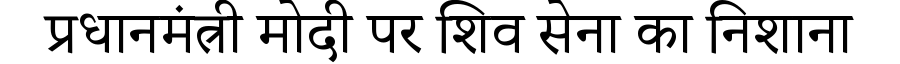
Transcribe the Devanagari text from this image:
प्रधानमंत्री मोदी पर शिव सेना का निशाना